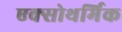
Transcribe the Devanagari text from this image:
एक्सोथर्मिक